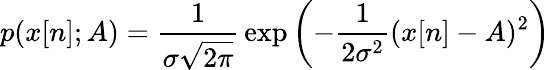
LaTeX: p(x[n];A)={\frac{1}{\sigma{\sqrt{2\pi}}}}\exp\left(-{\frac{1}{2\sigma^{2}}}(x[n]-A)^{2}\right)